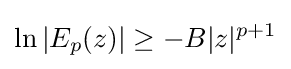
\ln |E_{p}(z)|\geq -B|z|^{p+1}